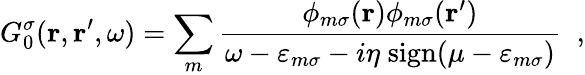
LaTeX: G_{0}^{\sigma}(\mathbf{r},\mathbf{r}^{\prime},\omega)=\sum_{m}\frac{\phi_{m\sigma}(\mathbf{r})\phi_{m\sigma}(\mathbf{r}^{\prime})}{\omega-\varepsilon_{m\sigma}-i\eta\; \mathrm{sign}(\mu-\varepsilon_{m\sigma})}\; \; ,